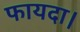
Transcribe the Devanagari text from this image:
फायदा।